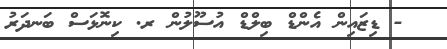
- ޑިޒައިން އެންޑް ބިލްޑް އުސޫލުން ރ. ކިނޮޅަސް ބަނދަރު